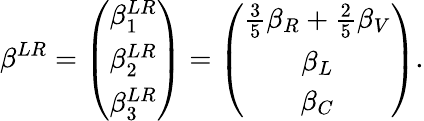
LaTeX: \beta^{LR}=\left(\begin{array}{c}{{\beta_{1}^{LR}}}\\ {{\beta_{2}^{LR}}}\\ {{\beta_{3}^{LR}}}\end{array}\right)=\left(\begin{array}{c}{{\frac 35\beta_{R}+\frac 25\beta_{V}}}\\ {{\beta_{L}}}\\ {{\beta_{C}}}\end{array}\right).